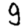
Digit: 9